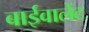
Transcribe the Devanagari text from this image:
बाईवालेंट